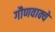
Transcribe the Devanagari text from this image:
गौणवाक्ये